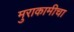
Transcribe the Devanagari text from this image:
मुराकामीचा